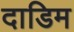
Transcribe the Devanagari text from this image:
दाडिम